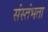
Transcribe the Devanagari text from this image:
संस्तंभता